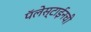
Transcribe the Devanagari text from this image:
पॅलेस्टाईनची